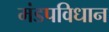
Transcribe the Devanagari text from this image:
मंडपविधान